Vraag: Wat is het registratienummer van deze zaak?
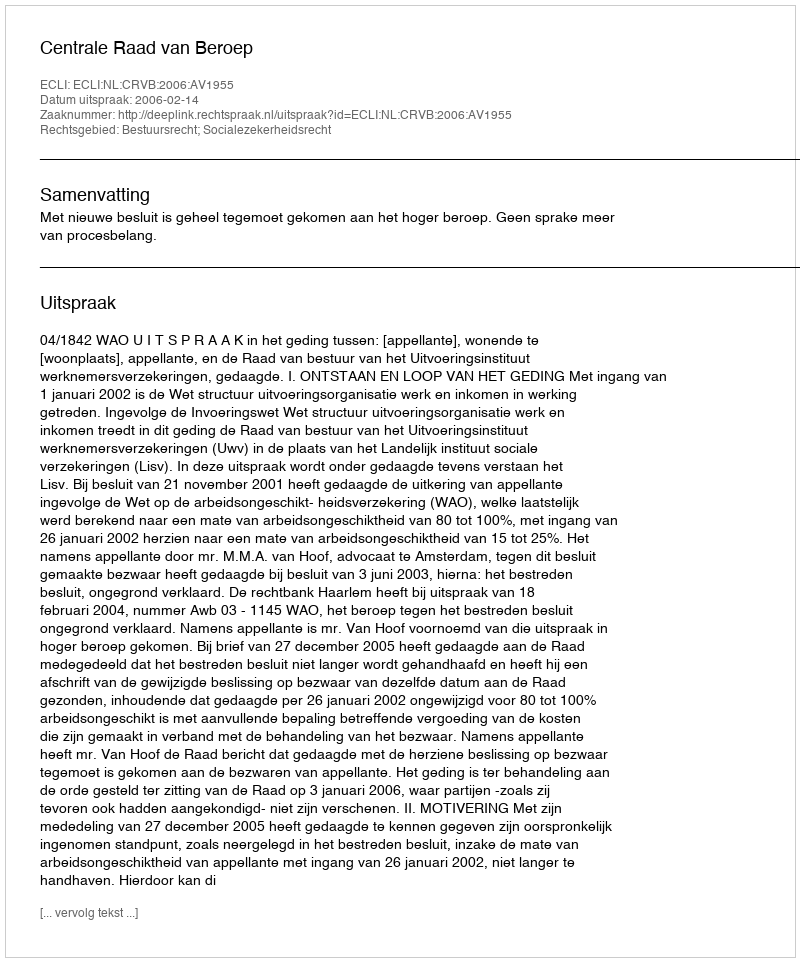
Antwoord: http://deeplink.rechtspraak.nl/uitspraak?id=ECLI:NL:CRVB:2006:AV1955